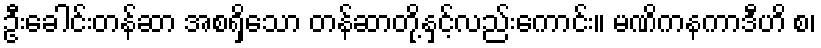
ဦးခေါင်းတန်ဆာ အစရှိသော တန်ဆာတို့နှင့်လည်းကောင်း။ မဏိကနကာဒီဟိ စ၊